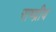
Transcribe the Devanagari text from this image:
राष्द्रीय